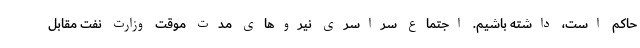
حاکم است، داشته باشیم. اجتماع سراسری نیروهای مدت موقت وزارت نفت مقابل